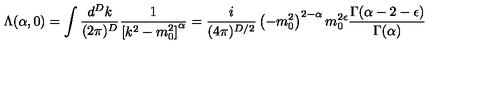
\Lambda ( \alpha , 0 ) = \int \frac { d ^ { D } k } { ( 2 \pi ) ^ { D } } \frac { 1 } { \left[ k ^ { 2 } - m _ { 0 } ^ { 2 } \right] ^ { \alpha } } = \frac { i } { ( 4 \pi ) ^ { D / 2 } } \left( - m _ { 0 } ^ { 2 } \right) ^ { 2 - \alpha } m _ { 0 } ^ { 2 \epsilon } \frac { \Gamma ( \alpha - 2 - \epsilon ) } { \Gamma ( \alpha ) }